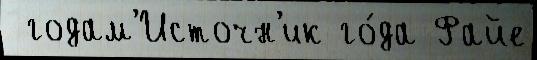
 годам'Источн'ик го́да Файе